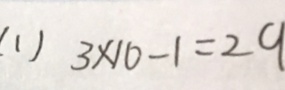
( 1 ) 3 \times 1 0 - 1 = 2 9